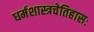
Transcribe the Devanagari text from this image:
धर्मशास्त्रचेतिहासः